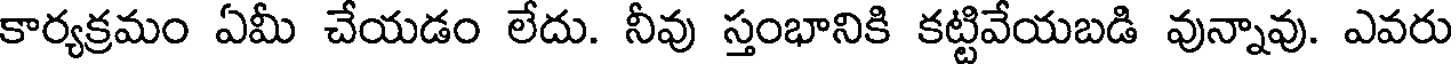
కార్యక్రమం ఏమీ చేయడం లేదు. నీవు స్తంభానికి కట్టివేయబడి వున్నావు. ఎవరు